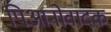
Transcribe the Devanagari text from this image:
पिआनोवादक